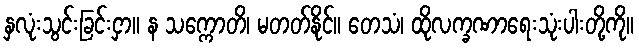
နှလုံးသွင်းခြင်းငှာ။ န သက္ကောတိ၊ မတတ်နိုင်။ တေသံ၊ ထိုလက္ခဏာရေးသုံးပါးတို့ကို။